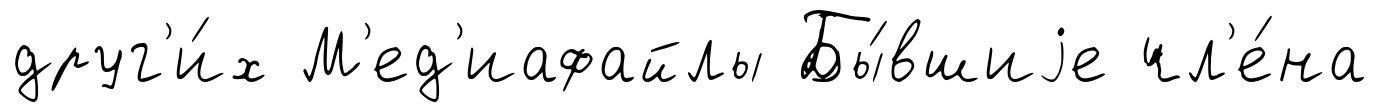
друг'и́х М'ед'иафайлы Бы́вшиjе чл'е́на